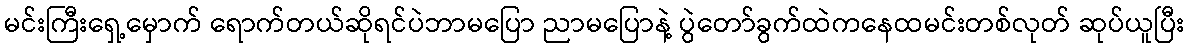
မင်းကြီးရှေ့မှောက် ရောက်တယ်ဆိုရင်ပဲဘာမပြော ညာမပြောနဲ့ ပွဲတော်ခွက်ထဲကနေထမင်းတစ်လုတ် ဆုပ်ယူပြီး